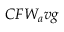
C F W _ { a } v g